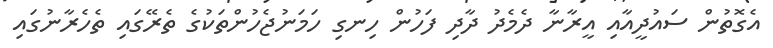
އެގޮތުން ސައުދީއާއި އީރާނާ ދެމެދު ދާދި ފަހުން ހިނގި ހަމަނުޖެހުންތަކުގެ ތެރޭގައި ތެހެރާނުގައި